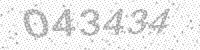
Solution: 043434